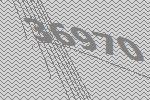
36970